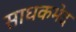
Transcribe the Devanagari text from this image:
साधकभेद